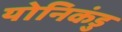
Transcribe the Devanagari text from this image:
योनिकंडु